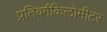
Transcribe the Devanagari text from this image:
प्रतिवर्गकिलोमीटर